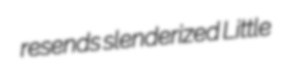
resends slenderized Little